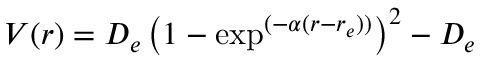
V ( r ) = D _ { e } \left( 1 - \exp ^ { ( - \alpha ( r - r _ { e } ) ) } \right) ^ { 2 } - D _ { e }